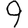
Digit: 9